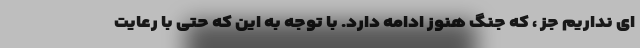
ای نداریم جز ، که جنگ هنوز ادامه دارد. با توجه به این که حتی با رعایت